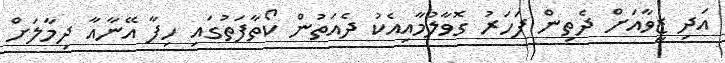
އަދި ޒީވާއަށް ދެތިން ފަހަރު ގޮވާލުމާއިއެކު ދެއަތުން ކޯތާފަތުގައި ހިފާ އޭނާއާ ދިމާލަށް